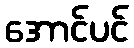
အောင်ပင်